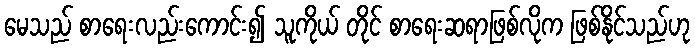
မေသည် စာရေးလည်းကောင်း၍ သူကိုယ် တိုင် စာရေးဆရာဖြစ်လိုက ဖြစ်နိုင်သည်ဟု